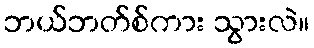
ဘယ်ဘတ်စ်ကား သွားလဲ။